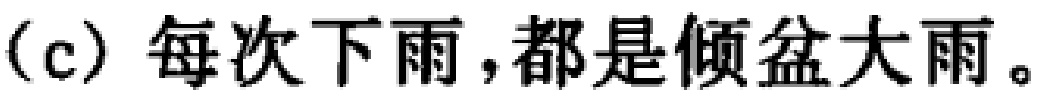
(c) 每次下雨,都是倾盆大雨。